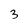
Character: 3